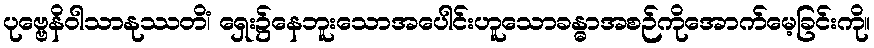
ပုဗ္ဗေနိဝါသာနုဿတိံ၊ ရှေး၌နေဘူးသောအပေါင်းဟူသောခန္ဓာအစဉ်ကိုအောက်မေ့ခြင်းကို။